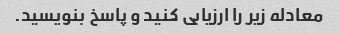
معادله زیر را ارزیابی کنید و پاسخ بنویسید.